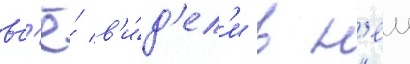
вс'ё́ в'и́д'ел'и в н'еи